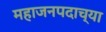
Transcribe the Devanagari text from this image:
महाजनपदाच्या